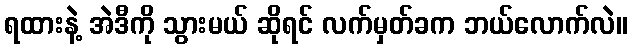
ရထားနဲ့ အဲဒီကို သွားမယ် ဆိုရင် လက်မှတ်ခက ဘယ်လောက်လဲ။